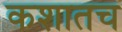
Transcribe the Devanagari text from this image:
कशातच